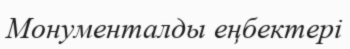
Монументалды еңбектері